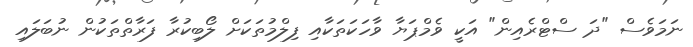
ނަމަވެސް "ދަ ސްޓްރެއިން" އަކީ ވެމްޕަޔާ ވާހަކަތަކާއި ފިލްމުތަކަށް ލޯބިކުރާ ފަރާތްތަކުން ނުބަލައި